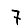
Digit: 7